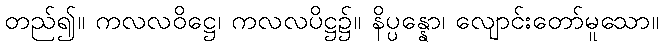
တည်၍။ ကလလဝိဋ္ဌေ၊ ကလလပိဋ္ဌ၌။ နိပ္ပန္နော၊ လျောင်းတော်မူသော။